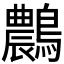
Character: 𪆯